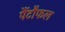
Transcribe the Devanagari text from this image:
पैंटौफल